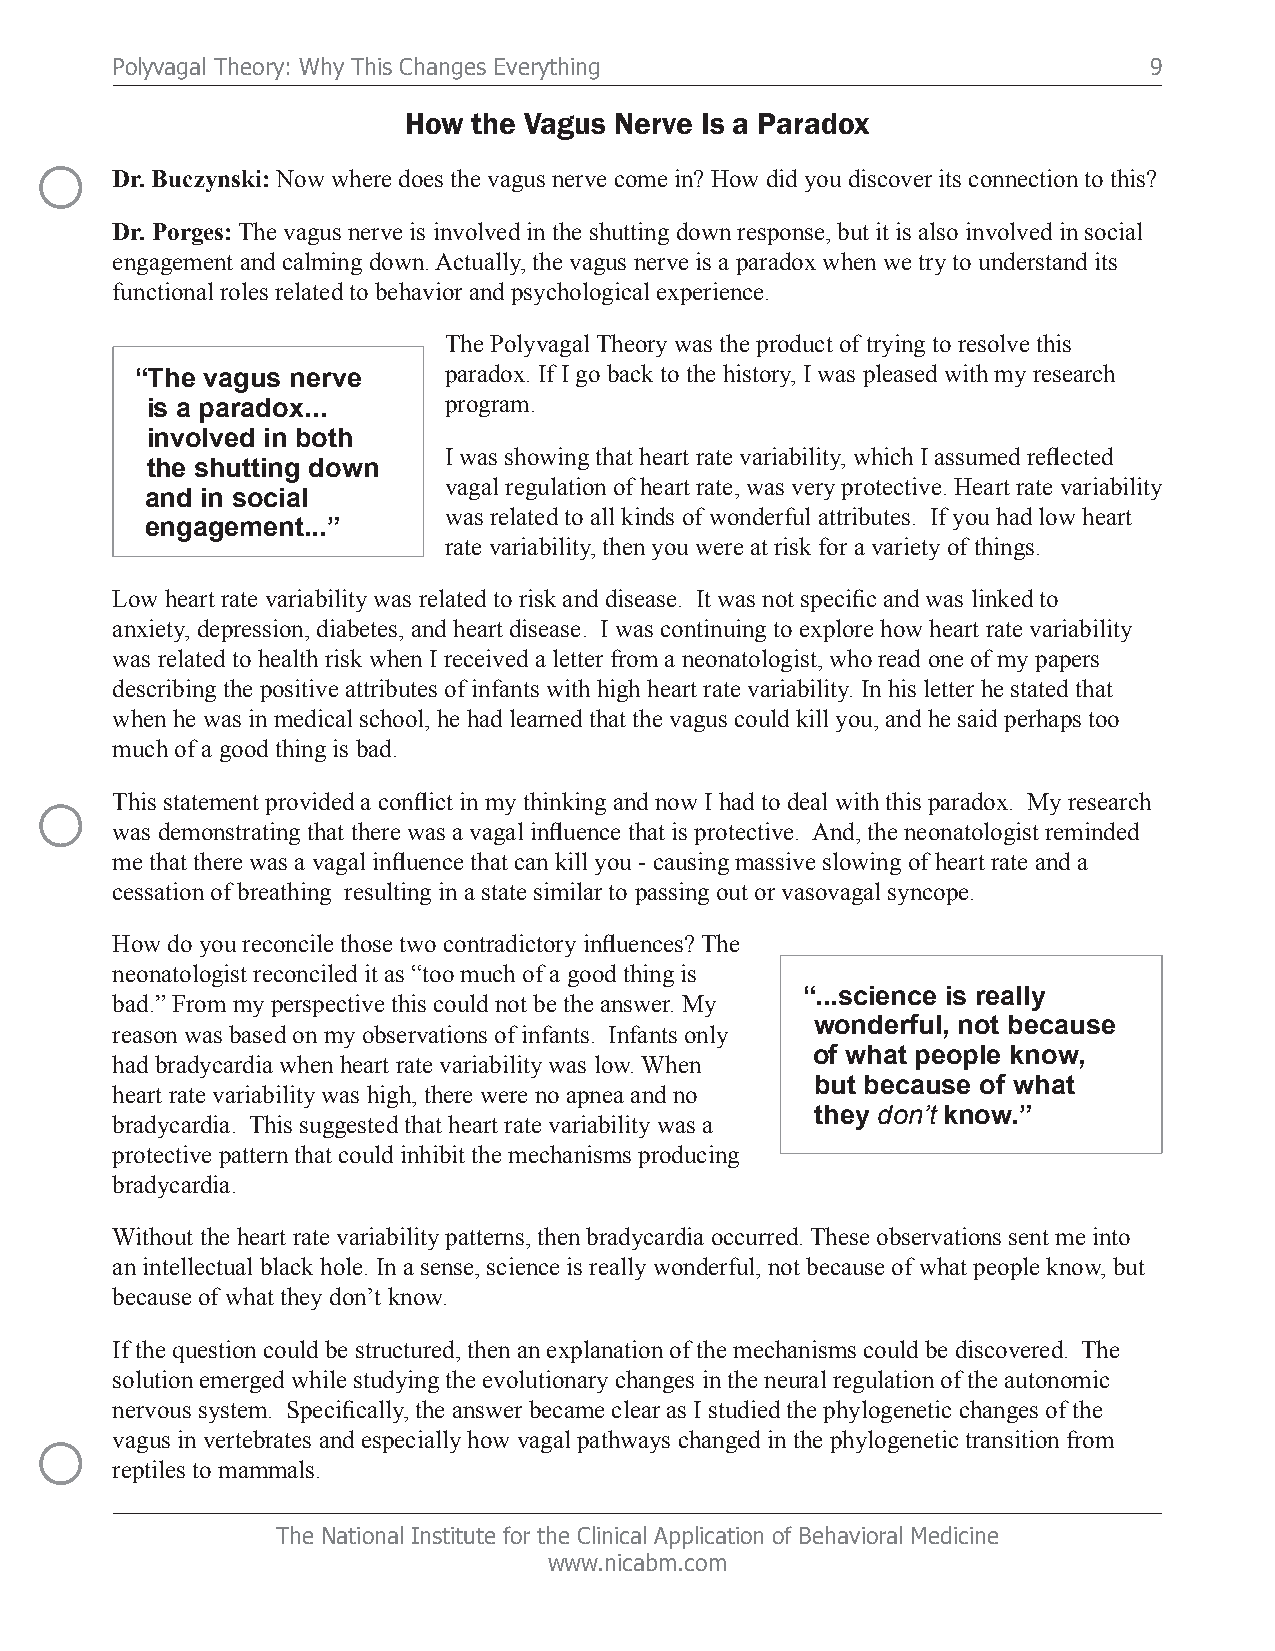
Polyvagal Theory: Why This Changes Everything                        9
 How the Vagus Nerve Is a Paradox
 ○
 Dr. Buczynski: Now where does the vagus nerve come in? How did you discover its connection to this?
 Dr. Porges: The vagus nerve is involved in the shutting down response, but it is also involved in social
 engagement and calming down. Actually, the vagus nerve is a paradox when we try to understand its
 functional roles related to behavior and psychological experience.
 The Polyvagal Theory was the product of trying to resolve this
 “The vagus nerve    paradox. If I go back to the history, I was pleased with my research
 is a paradox...    program.
 involved in both
 I was showing that heart rate variability, which I assumed reflected
 the shutting down
 vagal regulation of heart rate, was very protective. Heart rate variability
 and in social
 was related to all kinds of wonderful attributes. If you had low heart
 engagement...”
 rate variability, then you were at risk for a variety of things.
 Low heart rate variability was related to risk and disease. It was not specific and was linked to
 anxiety, depression, diabetes, and heart disease. I was continuing to explore how heart rate variability
 was related to health risk when I received a letter from a neonatologist, who read one of my papers
 describing the positive attributes of infants with high heart rate variability. In his letter he stated that
 when he was in medical school, he had learned that the vagus could kill you, and he said perhaps too
 much of a good thing is bad.
 ○
 This statement provided a conflict in my thinking and now I had to deal with this paradox. My research
 was demonstrating that there was a vagal influence that is protective. And, the neonatologist reminded
 me that there was a vagal influence that can kill you - causing massive slowing of heart rate and a
 cessation of breathing resulting in a state similar to passing out or vasovagal syncope.
 How do you reconcile those two contradictory influences? The
 neonatologist reconciled it as “too much of a good thing is
 “...science is really
 bad.” From my perspective this could not be the answer. My
 wonderful, not because
 reason was based on my observations of infants. Infants only
 of what people know,
 had bradycardia when heart rate variability was low. When
 but because of what
 heart rate variability was high, there were no apnea and no
 they don’t know.”
 bradycardia. This suggested that heart rate variability was a
 protective pattern that could inhibit the mechanisms producing
 bradycardia.
 Without the heart rate variability patterns, then bradycardia occurred. These observations sent me into
 an intellectual black hole. In a sense, science is really wonderful, not because of what people know, but
 because of what they don’t know.
 If the question could be structured, then an explanation of the mechanisms could be discovered. The
 solution emerged while studying the evolutionary changes in the neural regulation of the autonomic
 nervous system. Specifically, the answer became clear as I studied the phylogenetic changes of the
 ○
 vagus in vertebrates and especially how vagal pathways changed in the phylogenetic transition from
 reptiles to mammals.
 The National Institute for the Clinical Application of Behavioral Medicine
 www.nicabm.com